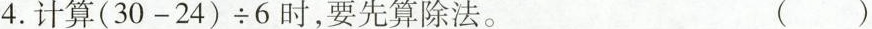
4.计算$$( 3 0 - 2 4 ) \div 6$$ 时，要先算除法。 ()